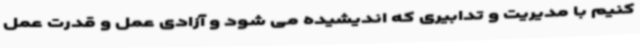
کنیم با مدیریت و تدابیری که اندیشیده می شود و آزادی عمل و قدرت عمل